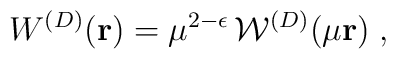
W^{({D})} ({\bf r})  =\mu^{2 - \epsilon}\,  {\mathcal W}^{({D})} (\mu {\bf r})\;  ,